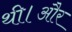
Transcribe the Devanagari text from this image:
थी।और